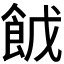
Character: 𮨹